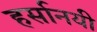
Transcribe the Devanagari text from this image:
हर्सानयी